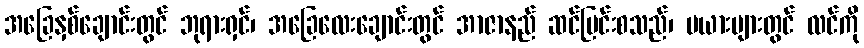
အခြေနှစ်ချောင်းတွင် ဘုရားရှင်၊ အခြေလေးချောင်းတွင် အာဇာနည် ဆင်မြင်းစသည်၊ မယားများတွင် လင်ကို